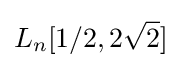
L_{n}[1/2,2{\sqrt {2}}]